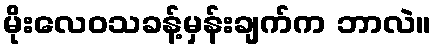
မိုးလေဝသခန့်မှန်းချက်က ဘာလဲ။